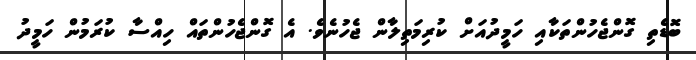
ބޮޑެތި ގޮންޖެހުންތަކާއި ހަމީދުއަށް ކުރިމަތިލާން ޖެހުނެވެ. އެ ގޮންޖެހުންތައް ހިއްސާ ކުރަމުން ހަމީދު